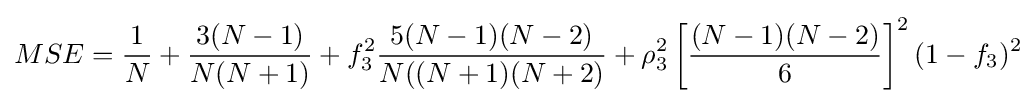
MSE={\frac {1}{N}}+{\frac {3(N-1)}{N(N+1)}}+f_{3}^{2}{\frac {5(N-1)(N-2)}{N((N+1)(N+2)}}+\rho _{3}^{2}\left[{\frac {(N-1)(N-2)}{6}}\right]^{2}(1-f_{3})^{2}